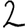
Digit: 2